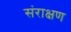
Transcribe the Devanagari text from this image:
संराक्षण